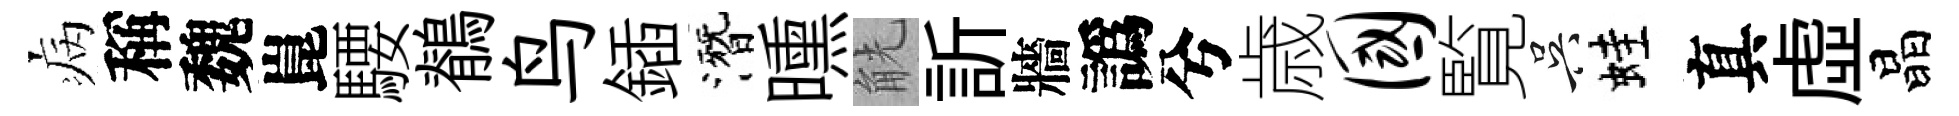
病稱魏崑騕鶺鸟鍤潛曛觥訢牆譌兮歳国覧吴蛙真虛晶